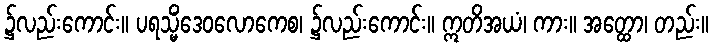
၌လည်းကောင်း။ ပရသ္မိံဒေဝလောကေစ၊ ၌လည်းကောင်း။ ဣတိအယံ၊ ကား။ အတ္ထော၊ တည်း။